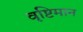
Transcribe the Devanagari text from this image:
वृष्टिमान